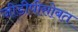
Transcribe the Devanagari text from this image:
जीडीपीसोबत